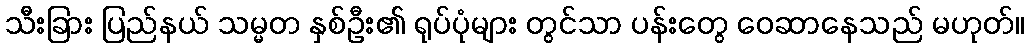
သီးခြား ပြည်နယ် သမ္မတ နှစ်ဦး၏ ရုပ်ပုံများ တွင်သာ ပန်းတွေ ဝေဆာနေသည် မဟုတ်။